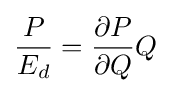
{\frac {P}{E_{d}}}={\frac {\partial P}{\partial Q}}Q